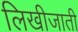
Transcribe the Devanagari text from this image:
लिखीजाती